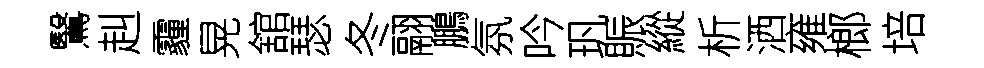
鷖赳霾晃舘瑟冬翮鵬氛吟㺬賑縱析洒雍榔培